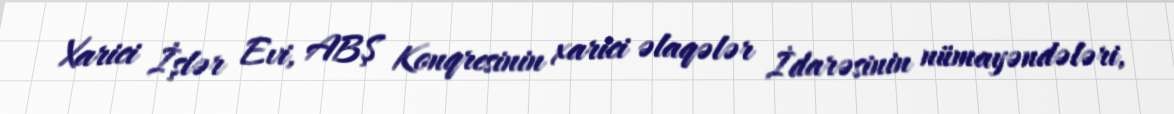
Xarici İşlər Evi, ABŞ Konqresinin xarici əlaqələr İdarəsinin nümayəndələri,